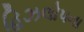
હિઝલોપના